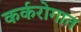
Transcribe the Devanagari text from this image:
कर्करोगात